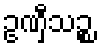
ဥဏှီသဉ္စ